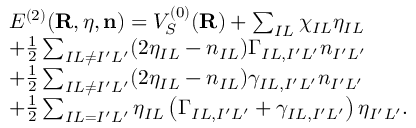
\begin{array} { r l } & { { \cal E } ^ { ( 2 ) } ( { \bf R } , { \boldsymbol \eta } , { \bf n } ) = V _ { S } ^ { ( 0 ) } ( { \bf R } ) + \sum _ { I L } \chi _ { I L } \eta _ { I L } } \\ & { + \frac { 1 } { 2 } \sum _ { I L \ne I ^ { \prime } L ^ { \prime } } ( 2 \eta _ { I L } - n _ { I L } ) \Gamma _ { I L , I ^ { \prime } L ^ { \prime } } n _ { I ^ { \prime } L ^ { \prime } } } \\ & { + \frac { 1 } { 2 } \sum _ { I L \ne I ^ { \prime } L ^ { \prime } } ( 2 \eta _ { I L } - n _ { I L } ) \gamma _ { I L , I ^ { \prime } L ^ { \prime } } n _ { I ^ { \prime } L ^ { \prime } } } \\ & { + \frac { 1 } { 2 } \sum _ { I L = I ^ { \prime } L ^ { \prime } } \eta _ { I L } \left( \Gamma _ { I L , I ^ { \prime } L ^ { \prime } } + \gamma _ { I L , I ^ { \prime } L ^ { \prime } } \right) \eta _ { I ^ { \prime } L ^ { \prime } } . } \end{array}